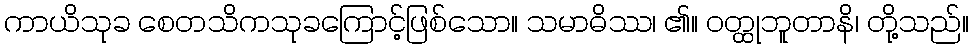
ကာယိသုခ စေတသိကသုခကြောင့်ဖြစ်သော။ သမာဓိဿ၊ ၏။ ဝတ္ထုဘူတာနိ၊ တို့သည်။